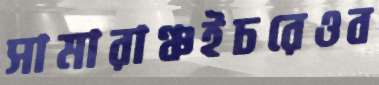
সামারাঞ্চইচরেওব